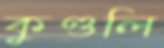
কুণ্ডলি